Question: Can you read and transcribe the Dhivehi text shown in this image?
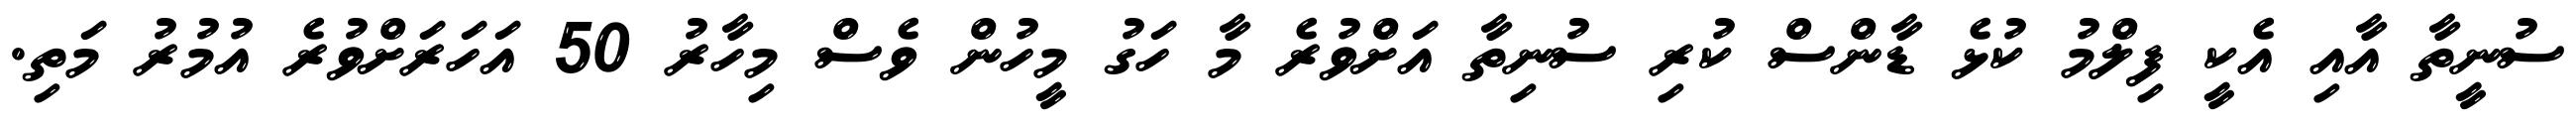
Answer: ސުނީތާ އާއި އެކީ ފިލްމު ކުޅެ ޑާންސް ކުރި ސުނިތާ އަށްވުރެ މާ ހަގު މީހުން ވެސް މިހާރު 50 އަހަރަށްވުރެ އުމުރު މަތި.